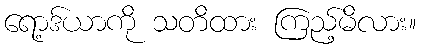
ရော့ဒ်ယာကို သတိထား ကြည့်မိလား။